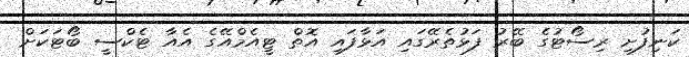
ކަނިފުށި ރިސޯޓުގެ ބޭރު ފަޅުތެރޭގައި އަޅާފައި އޮތް ޓީއެމްއޭގެ އެއާ ޓެކްސީ ބޯޓަކަށް